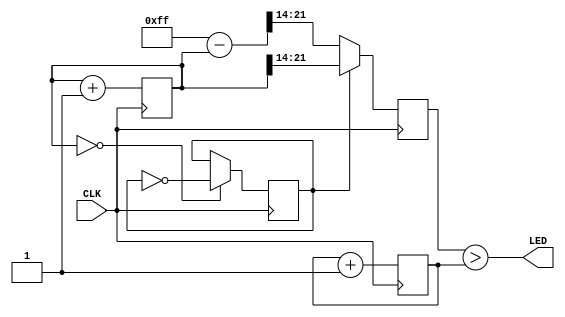
module top(
    input       CLK,
    output      LED
);

    reg [21:0] counter;
    reg [7:0]  pwm;
    reg [7:0]  duty;
    reg        dir;

    always @(posedge CLK) begin
        // Increment counters
        pwm <= pwm + 1;
        counter <= counter + 1;

        // Ramp up/down breathing effect using the top 8-bits of `counter`
        duty <= dir ? counter >> 14 : 255 - counter >> 14;

        // Invert ramp direction on counter reset
        if (counter == 0) dir = ~dir;
    end
    
    // Enable LED if PWM counter is less than the duty cycle value
    assign LED = duty > pwm;

endmodule